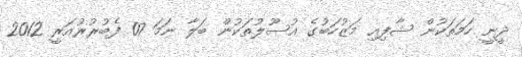
ދީނީ ހަމަތަކުން ޝާފިޢި މަޒުހަބުގެ އުސޫލުތަކުން ބަލާ ނަމަ 07 ފެބުރުރުއަރީ 2012